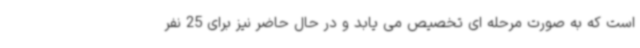
است که به صورت مرحله ای تخصیص می یابد و در حال حاضر نیز برای 25 نفر